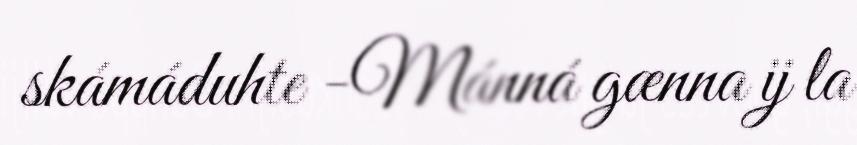
skámáduhte -Mánná gænna ij la